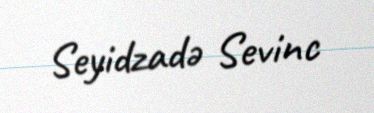
Seyidzadə Sevinc